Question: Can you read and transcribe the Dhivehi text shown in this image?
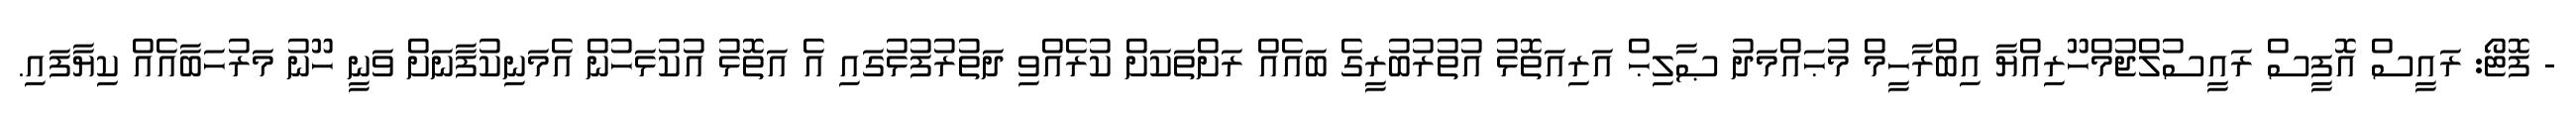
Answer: - ފޮޓޯ: ރައީސް އޮފީސް ރައީސުލްޖުމްހޫރިއްޔާ އިބްރާހީމް މުޙައްމަދު ޞާލިޙް އަރިއަތޮޅު އުތުރުބުރީގެ ބައެއް ރަށްތަކަށް ކުރެއްވި ދަތުރުފުޅުގައި އެ އަތޮޅު އުކުޅަހުން އެމަނިކުފާނަށް ވަނީ ހޫނު މަރުހަބާއެއް ކިޔާފައި.